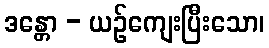
ဒန္တော - ယဉ်ကျေးပြီးသော၊